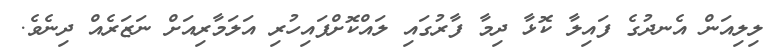
ލިލިއަން އެނދުގެ ފައިލާ ކޮޅާ ދިމާ ފާރުގައި ލައްކޮށްފައިހުރި އަލަމާރިއަށް ނަޒަރެއް ދިނެވެ.